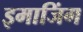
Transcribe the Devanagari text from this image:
इमाजिंग